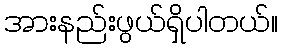
အားနည်းဖွယ်ရှိပါတယ်။